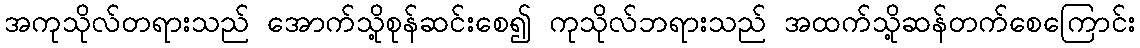
အကုသိုလ်တရားသည် အောက်သို့စုန်ဆင်းစေ၍ ကုသိုလ်ဘရားသည် အထက်သို့ဆန်တက်စေကြောင်း